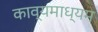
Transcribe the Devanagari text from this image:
काव्यमाध्यम